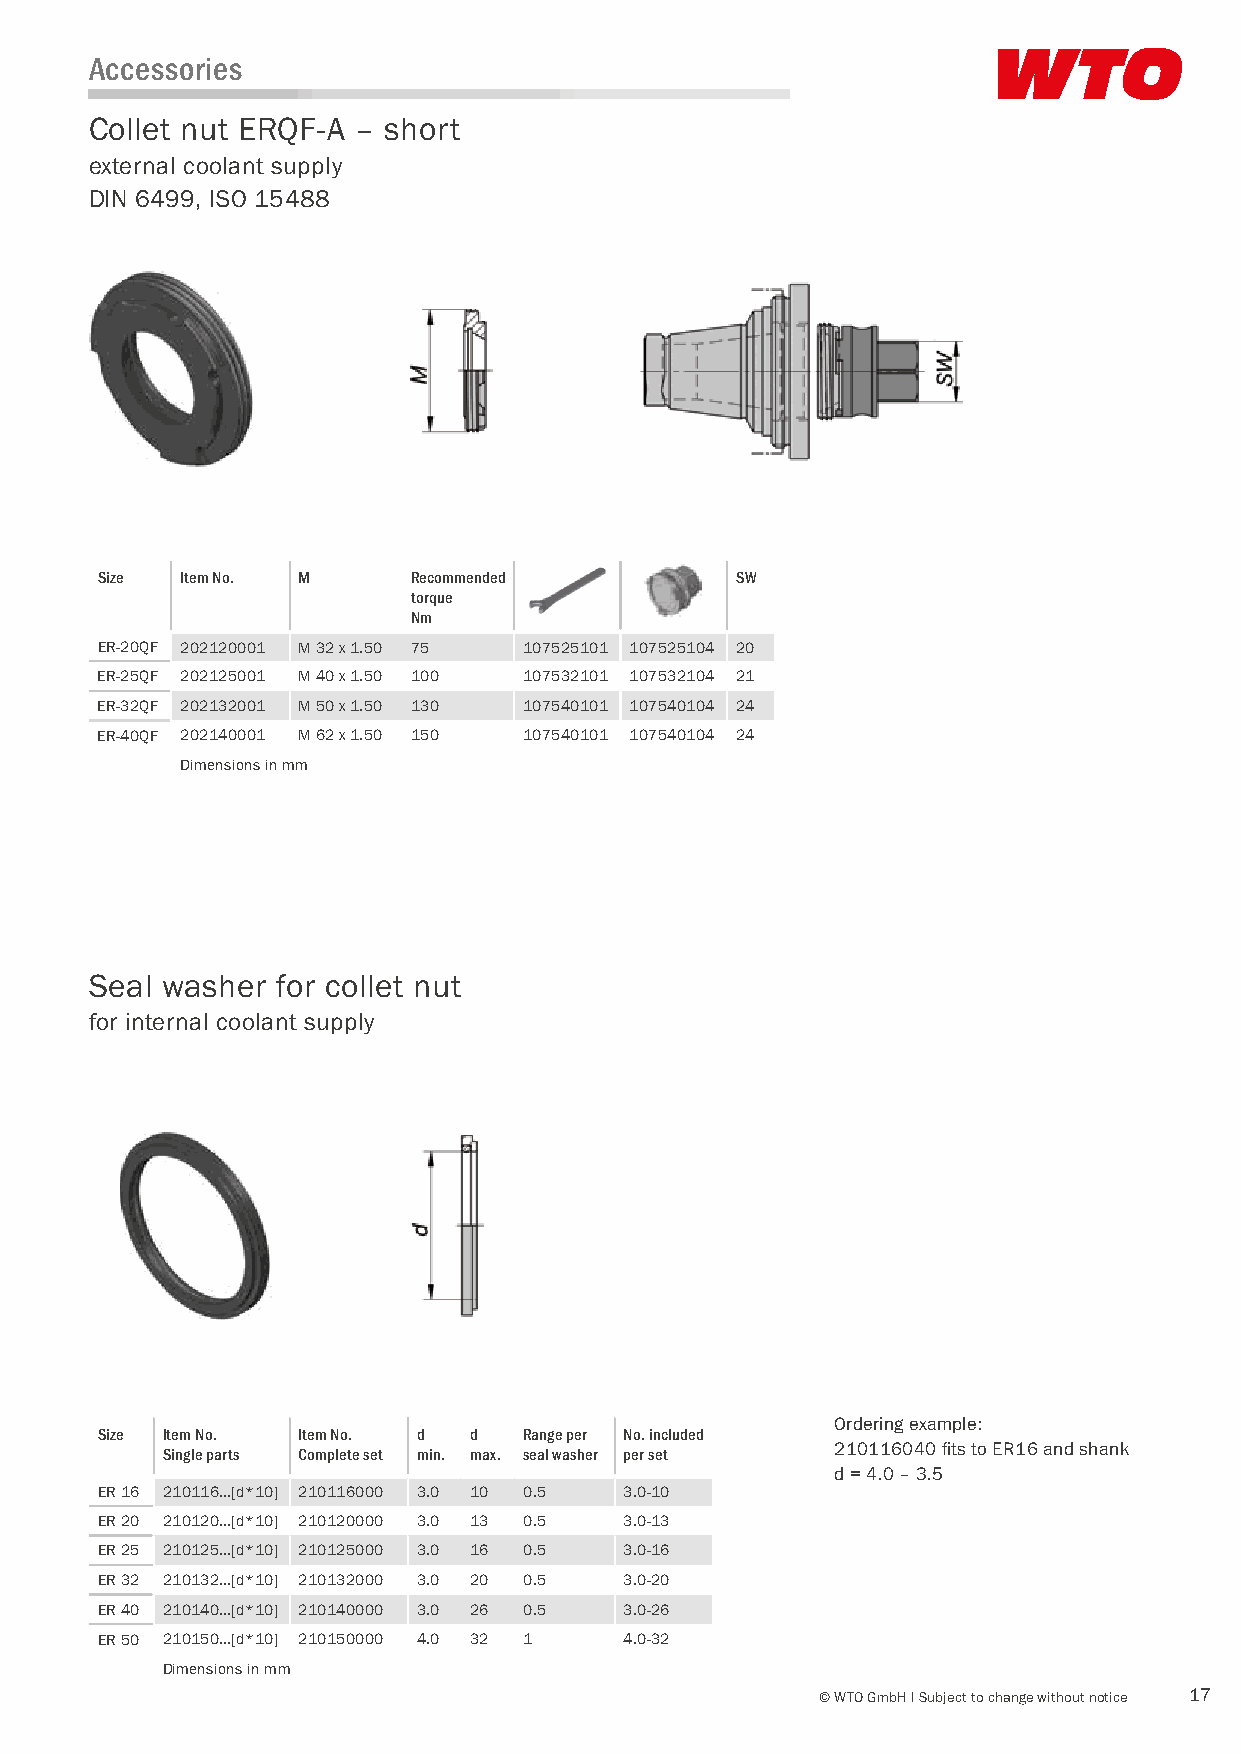
Accessories
 Collet nut ERQF-A – short
 external coolant supply
 DIN 6499, ISO 15488
 Size  Item No. M     Recommended           SW
 torque
 Nm
 ER-20QF 202120001 M 32 x 1.50 75 107525101 107525104 20
 ER-25QF 202125001 M 40 x 1.50 100 107532101 107532104 21
 ER-32QF 202132001 M 50 x 1.50 130 107540101 107540104 24
 ER-40QF 202140001 M 62 x 1.50 150 107540101 107540104 24
 Dimensions in mm
 Seal washer for collet nut
 for internal coolant supply
 Ordering example:
 Size Item No. Item No. d d   Range per No. included
 210116040 fits to ER16 and shank
 Single parts Complete set min. max. seal washer per set
 d = 4.0 – 3.5
 ER 16 210116…[d*10] 210116000 3.0 10 0.5 3.0-10
 ER 20 210120…[d*10] 210120000 3.0 13 0.5 3.0-13
 ER 25 210125…[d*10] 210125000 3.0 16 0.5 3.0-16
 ER 32 210132…[d*10] 210132000 3.0 20 0.5 3.0-20
 ER 40 210140…[d*10] 210140000 3.0 26 0.5 3.0-26
 ER 50 210150…[d*10] 210150000 4.0 32 1 4.0-32
 Dimensions in mm
 © WTO GmbH I Subject to change without notice 17